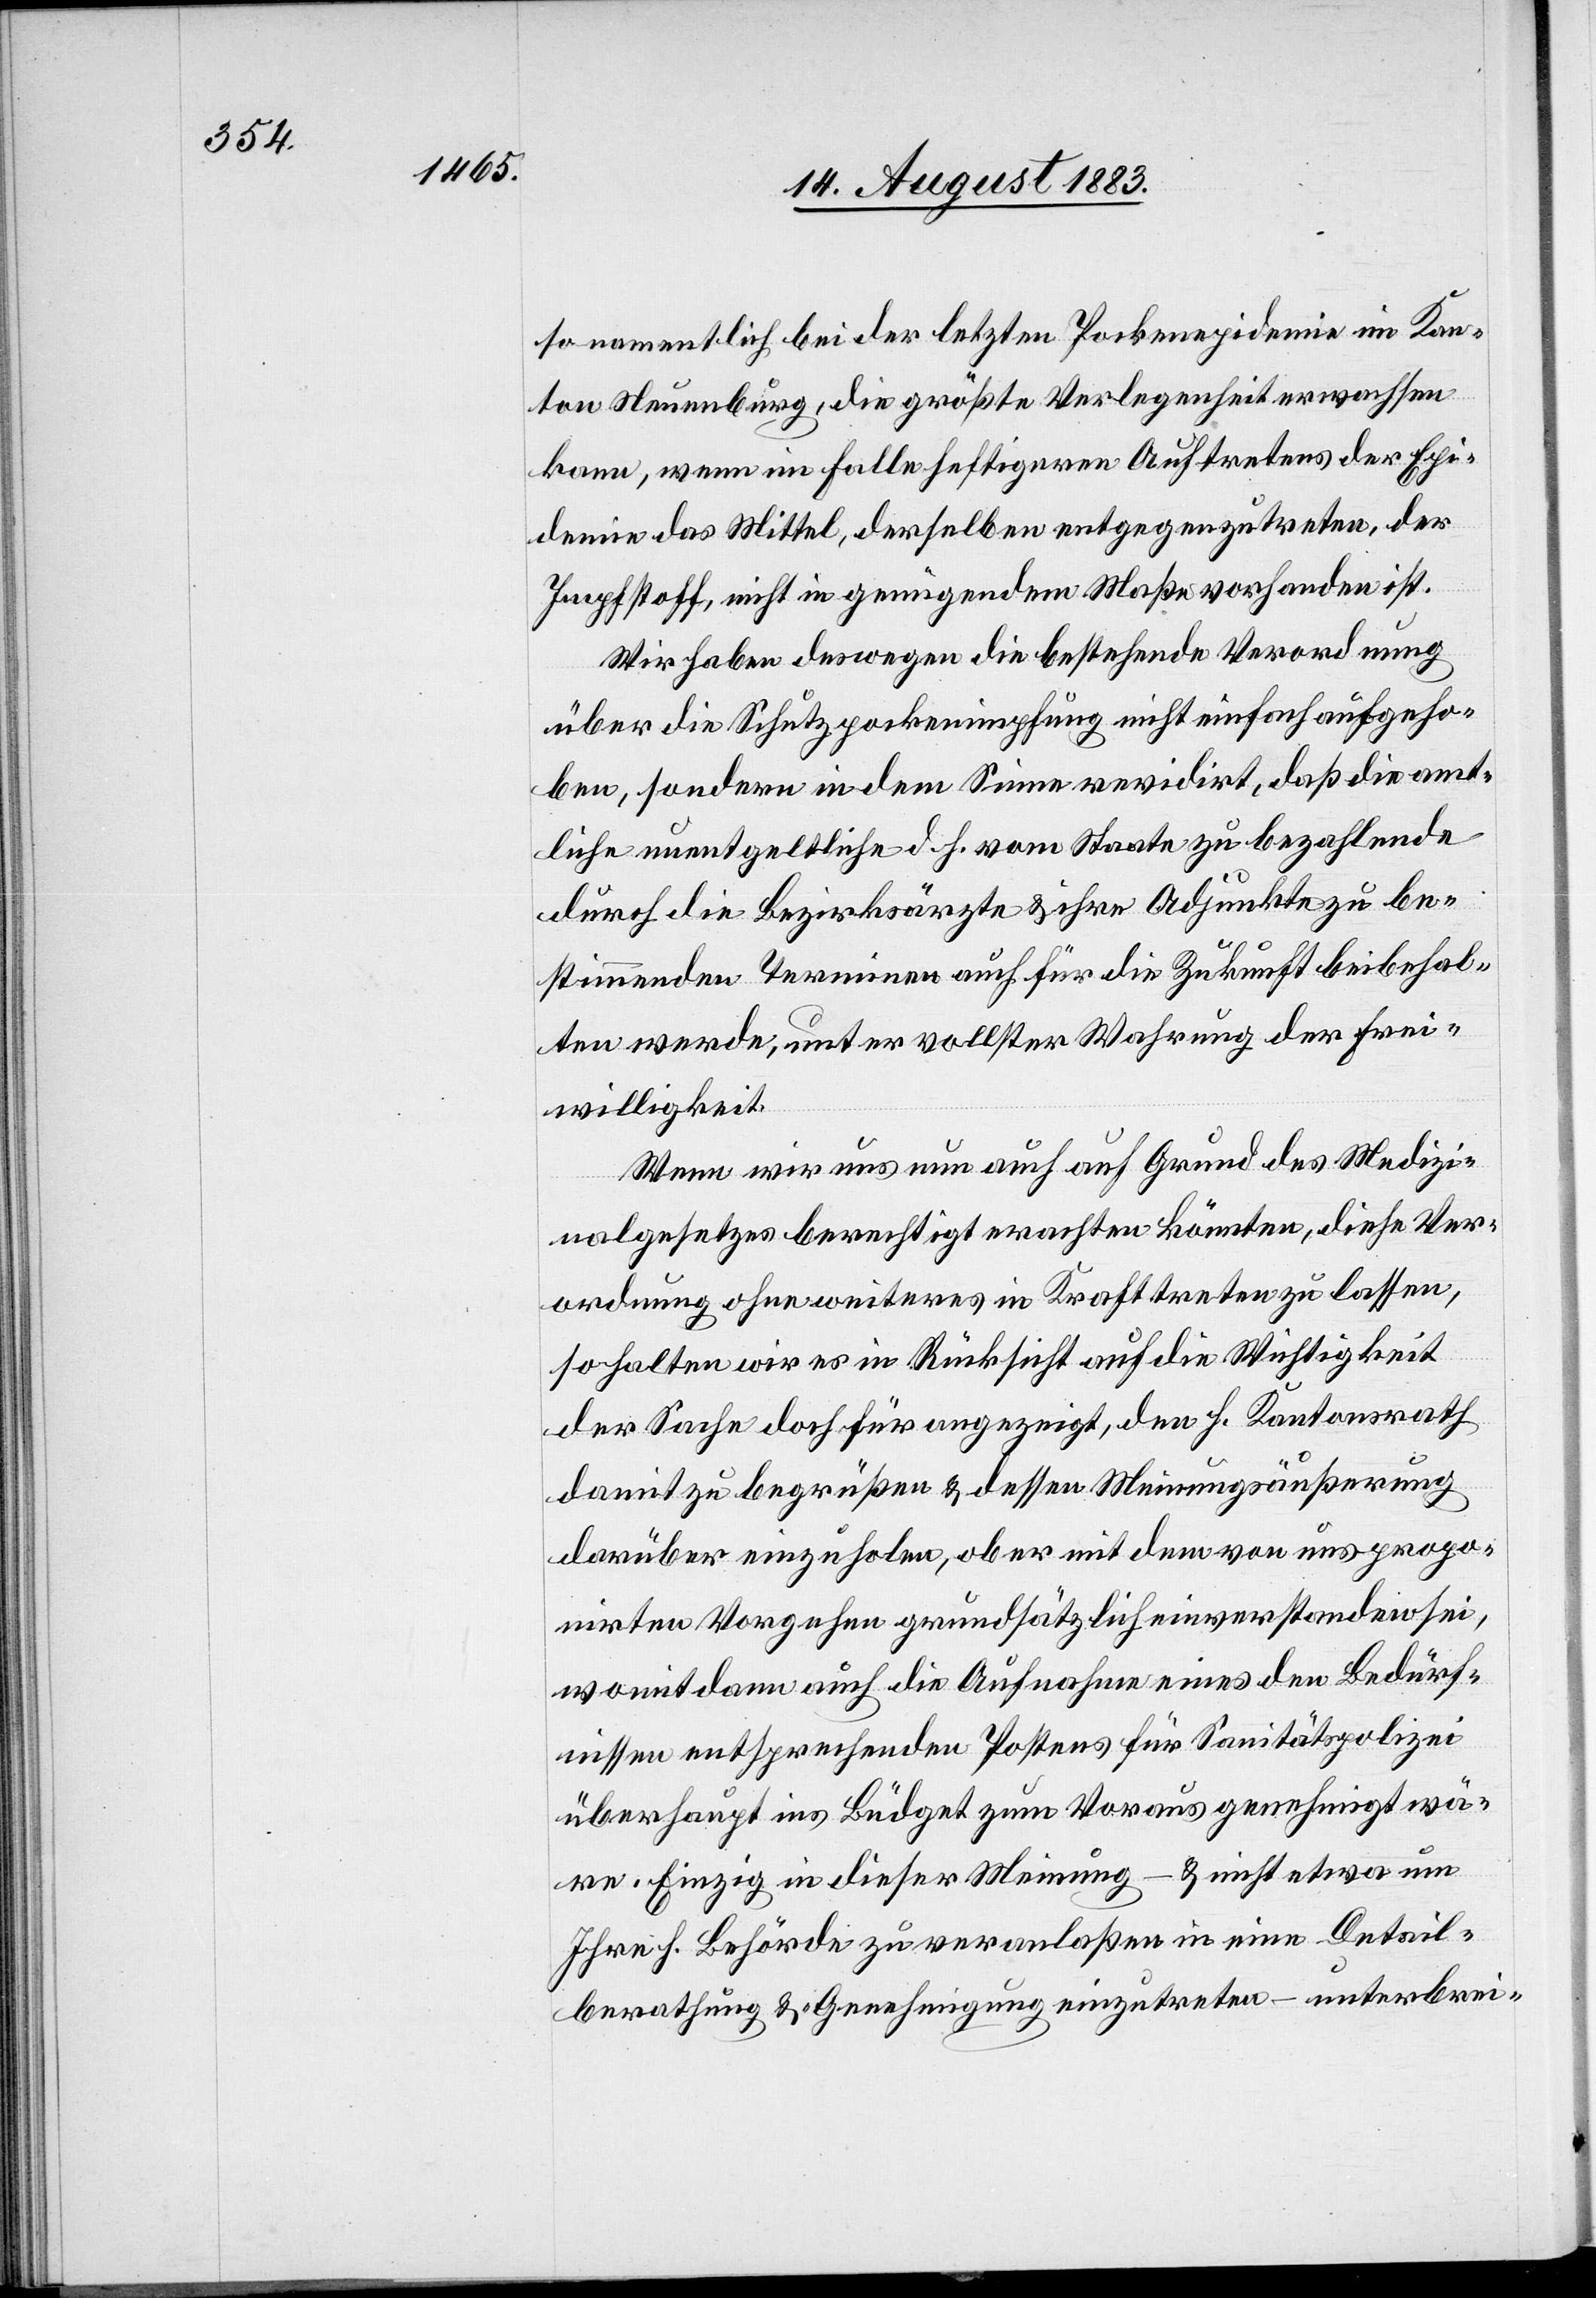
so namentlich bei der letzten Pockenepidemie im Kan¬
ton Neuenburg, die größte Verlegenheit erwachsen
kann, wenn im Falle heftigeren Auftretens der Epi¬
demie das Mittel, derselben entgegenzutreten, der
Impfstoff, nicht in genügendem Maße vorhanden ist.
Wir haben deswegen die bestehende Verordnung
über die Schutzpockenimpfung nicht einfach aufgeho¬
ben, sondern in dem Sinne revidirt, daß die amt¬
liche unentgeltliche d. h. vom Staate zu bezahlende
durch die Bezirksärzte & ihre Adjunkte zu be¬
stimmenden Terminen auch für die Zukunft beibehal¬
ten werde, unter vollster Wahrung der Frei¬
willigkeit.
Wenn wir uns nun auch auf Grund des Medizi¬
nalgesetzes berechtigt erachten könnten, diese Ver¬
ordnung ohne weiteres in Kraft treten zu lassen,
so halten wir es in Rücksicht auf die Wichtigkeit
der Sache doch für angezeigt, den h. Kantonsrath
damit zu begrüßen & dessen Meinungsäußerung
darüber einzuholen, ob er mit dem von uns propo¬
nirten Vorgehen grundsätzlich einverstanden sei,
womit dann auch die Aufnahme eines den Bedürf¬
nissen entsprechenden Postens für Sanitätspolizei
überhaupt ins Büdget zum Voraus genehmigt wä¬
re. Einzig in dieser Meinung – & nicht etwa um
Ihre h. Behörde zu veranlaßen in eine Detail¬
berathung & -Genehmigung einzutreten – unterbrei-